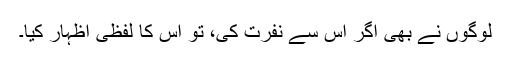
لوگوں نے بھی اگر اس سے نفرت کی، تو اس کا لفظی اظہار کیا۔